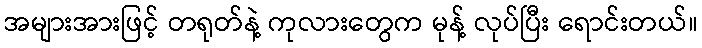
အများအားဖြင့် တရုတ်နဲ့ ကုလားတွေက မုန့် လုပ်ပြီး ရောင်းတယ်။